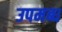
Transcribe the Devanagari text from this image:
उपमब्ध